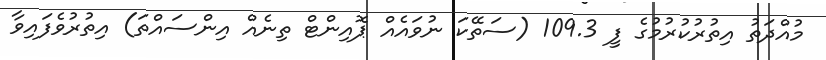
މުއްދަތު އިތުރުކުރުމުގެ ފީ 109.3 (ސަތޭކަ ނުވައެއް ޕޮއިންޓް ތިނެއް އިންސައްތަ) އިތުރުވެފައިވާ